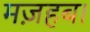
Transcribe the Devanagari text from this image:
मज़हब।